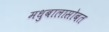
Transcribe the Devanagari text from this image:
मधुबालासोबत